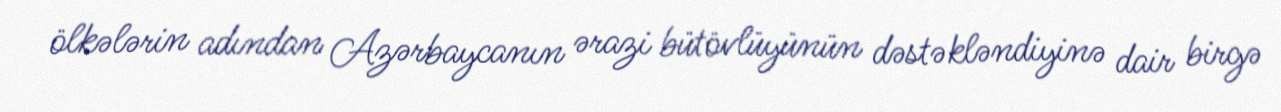
ölkələrin adından Azərbaycanın ərazi bütövlüyünün dəstəkləndiyinə dair birgə